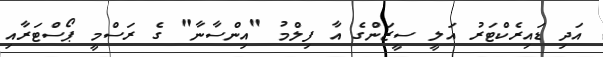
އަދި ޑައިރެކްޓަރު އަލީ ސީޒަންގެ އާ ފިލްމު "އިންސާނާ" ގެ ރަސްމީ ޕޯސްޓަރާއި